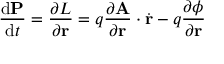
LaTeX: { \frac { \mathrm { d } \mathbf { P } } { \mathrm { d } t } } = { \frac { \partial L } { \partial \mathbf { r } } } = q { \frac { \partial \mathbf { A } } { \partial \mathbf { r } } } \cdot { \dot { \mathbf { r } } } - q { \frac { \partial \phi } { \partial \mathbf { r } } } \,